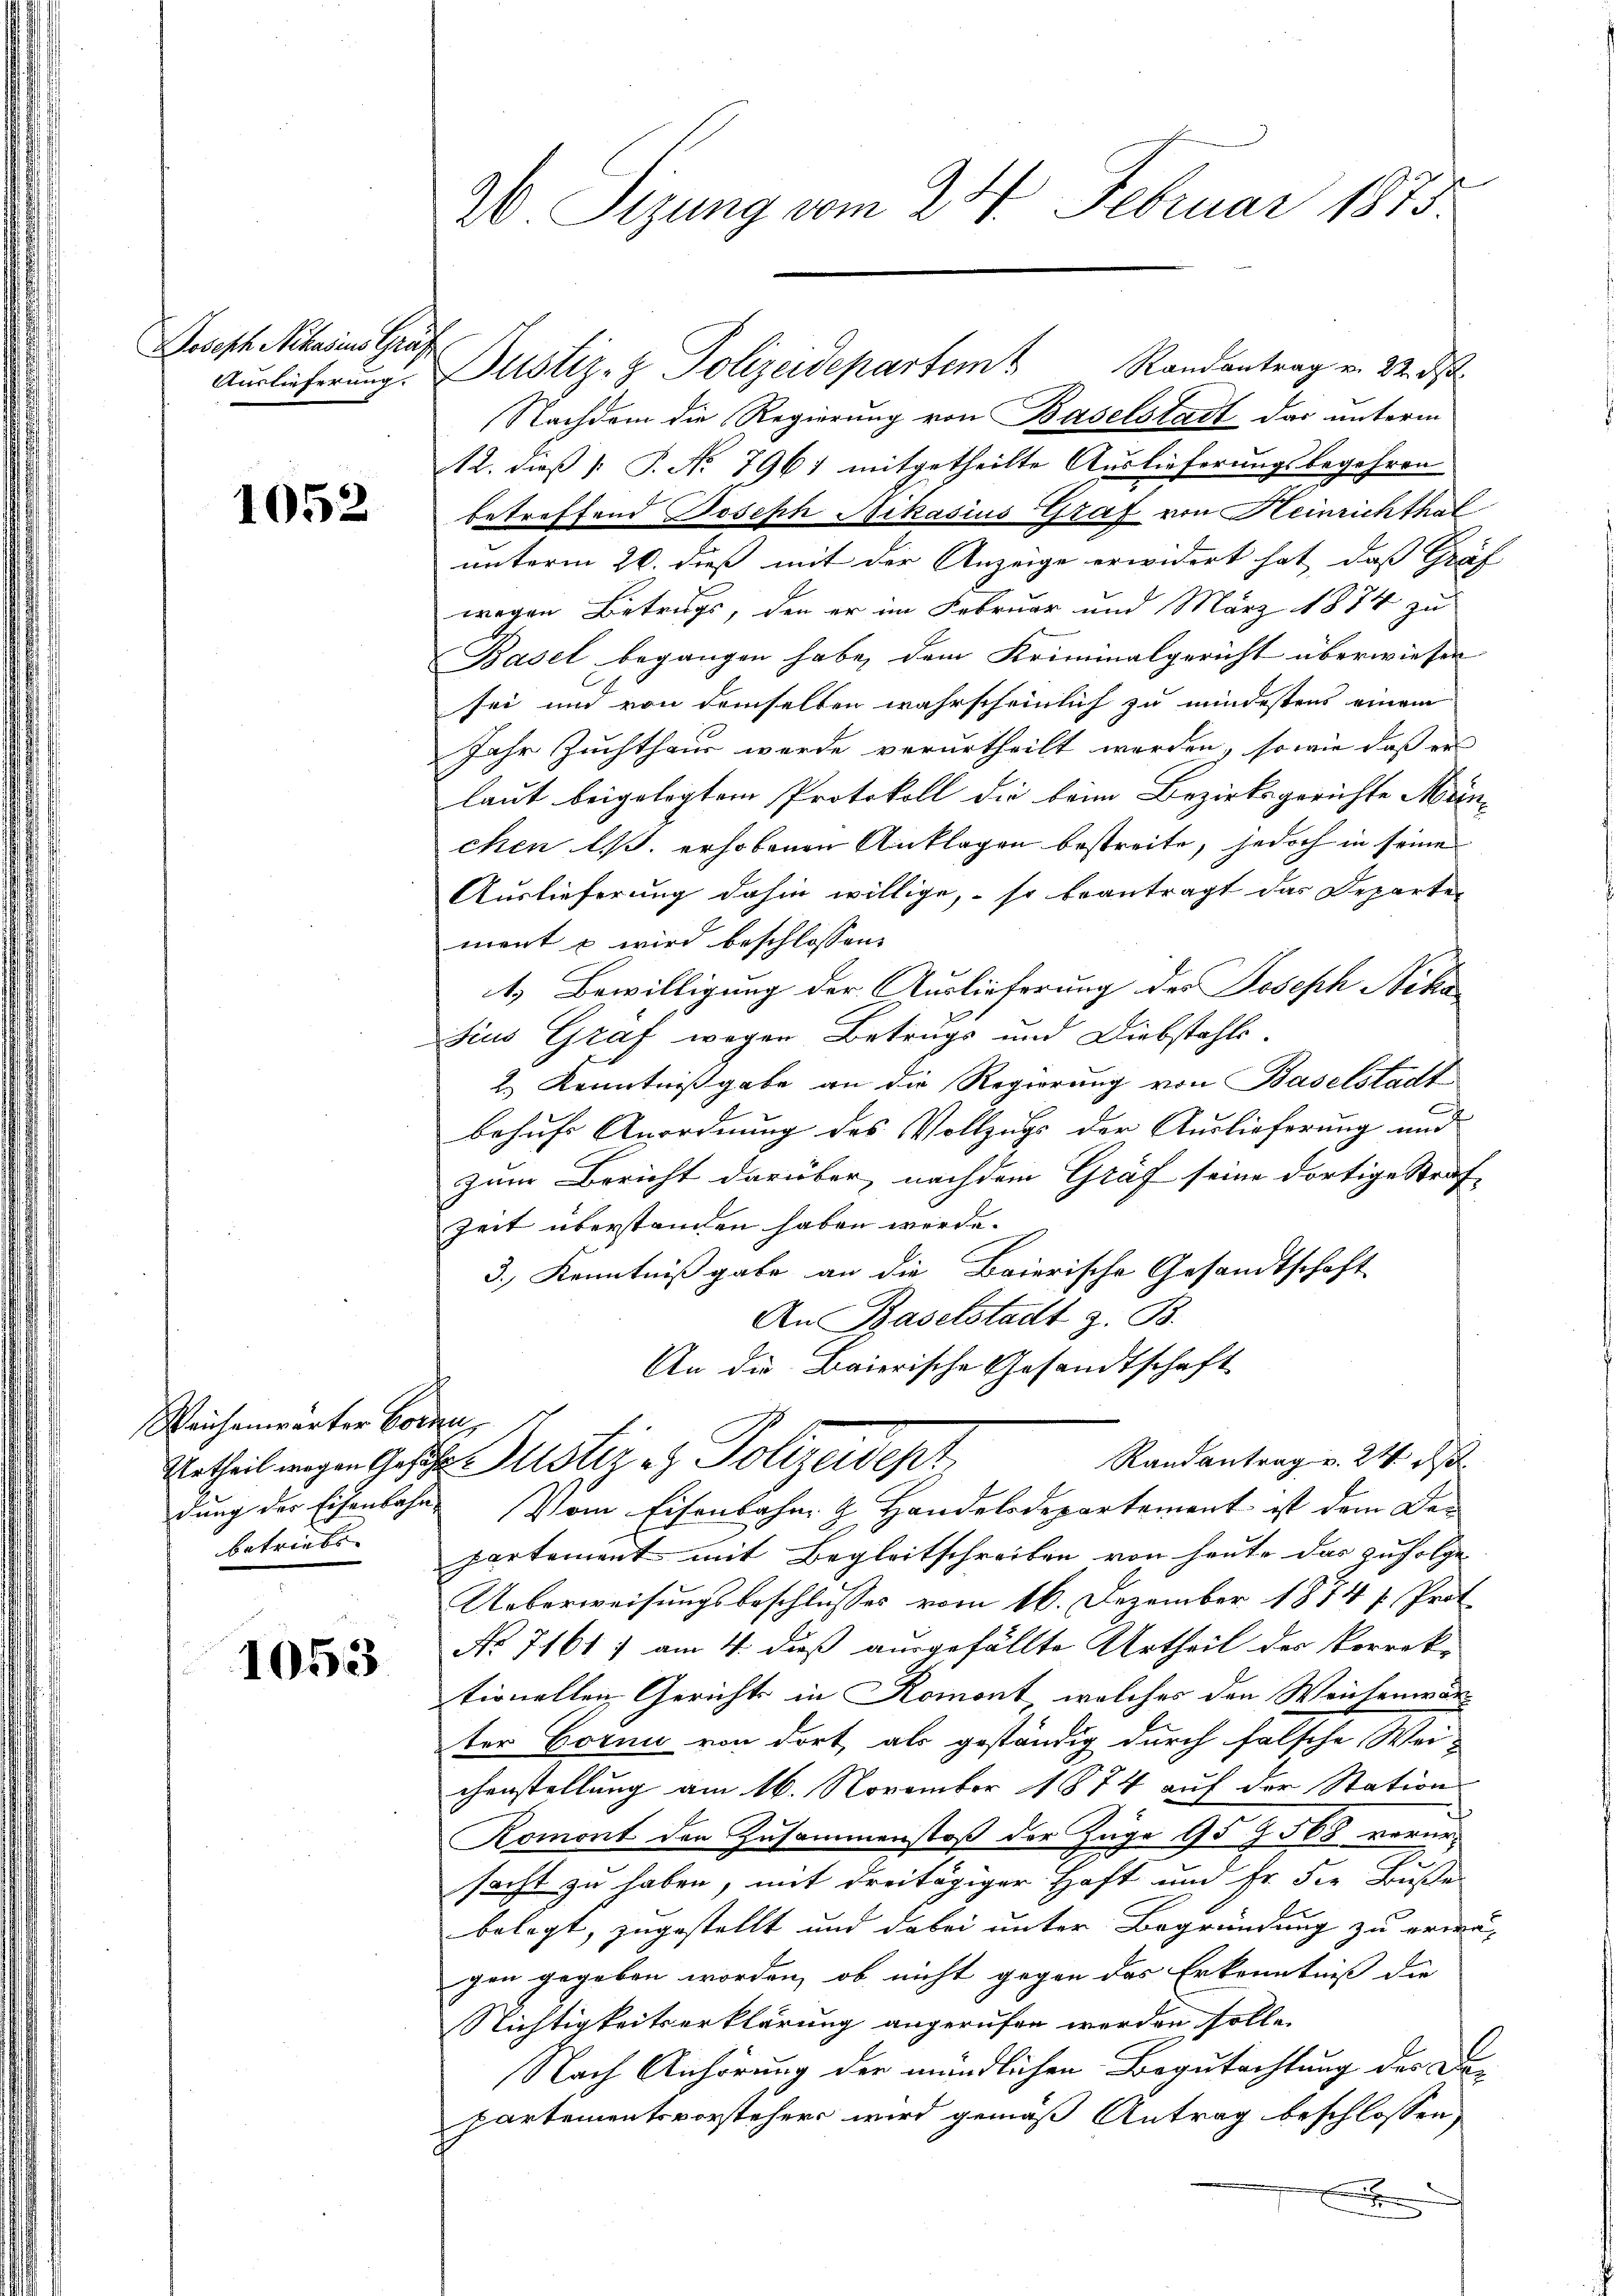
Jobesche Schus ins Grafe

1052

Reichenwärter Borden,
betriebe

1053

20 Sizung vom 24. Februar 1875.

Auslieferung. Justiz- & Polizeidepartem Randantrag v. 22. ds
Nachdem die Regierung von Baselstadt das unterm
12. dieß P. No 7961 mitgetheilte Auslieferungsbegehren
betreffend Joseph Nikasius Graf von Heinrichthal
unterm 20. dieß mit der Anzeige erwidert hat, dass Graf
wegen Betrugs, den er im Februar und März 1874 zu
Basel begangen habe, dem Kriminalgericht überwieser
sei und von demselben wahrscheinlich zu mindestens einem
Jahr Zuchthaus werde verurtheilt werden, so wie dass er
laut beigelegtem Protokoll die beim Bezirksgerichte Mün-
chen l. erhobenen Anklagen bestreite, jedoch in seinen
Auslieferung dahin willige, so beantragt das Departen
ment u wird beschlossen: |
4) Bewilligung der Auslieferung des Joseph Nikosius Graf wegen Betrugs und Diebstahls-
2.) Kenntnißgabe an die Regierung von Baselstadt
behufs Anordnung des Vollzugs der Auslieferung und
zum Bericht darüber, nachdem Graf seine dortige Straf-
Zeit überstanden haben werde.
3.) Kenntnißgabe an die Baierische Gesandtschaft
An Baselstadt z. B.
An die Baierische Gesandtschaft
Randantrag v. 24. ds.
Urtheilungen Gesche Justiz es Polizeidept
dung der Eisenbahn vom Eisenbahn z. Handelsdepartement ist dem De-
partement mit Begleitschreiben von heute das zufolge
Ueberweisungsbeschlusses vom 16. Dezember 1874 f. Prot
No 7161; am 4. dieß ausgefällte Urtheil der Vorrektionellen Gerichts in Romont, welches den Weichenwär-
ter Corni von dort, als geständig durch falsche Wei-
chenstellung am 16. November 1874 auf der Stations
Romont den Zusammenstoß der Zuge 95 Z. 568 vorur-
g
sacht zu haben, mit dreitägiger Haft und Er die Buße
belegt, zugestellt und dabei unter Begründung zu erwä-
gen gegeben worden, ob nicht gegen das Erkenntniß die
Nichtigkeitserklärung angerufen werden solle.
l
Nach Anhörung der mündlichen Begutachtung des Departementsvorstehers wird gemäß Antrag beschlossen,
x